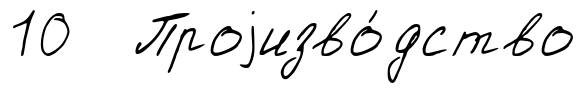
10 Проjизво́дство